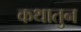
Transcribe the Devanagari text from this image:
कथातुन